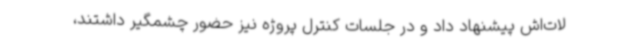
لات‌اش پیشنهاد داد و در جلسات کنترل پروژه نیز حضور چشمگیر داشتند،